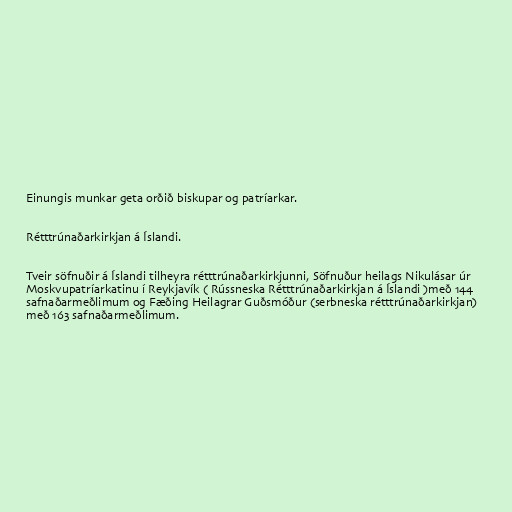
Einungis munkar geta orðið biskupar og patríarkar.

Rétttrúnaðarkirkjan á Íslandi.

Tveir söfnuðir á Íslandi tilheyra rétttrúnaðarkirkjunni, Söfnuður heilags Nikulásar úr
Moskvupatríarkatinu í Reykjavík ( Rússneska Rétttrúnaðarkirkjan á Íslandi )með 144
safnaðarmeðlimum og Fæðing Heilagrar Guðsmóður (serbneska rétttrúnaðarkirkjan)
með 163 safnaðarmeðlimum.